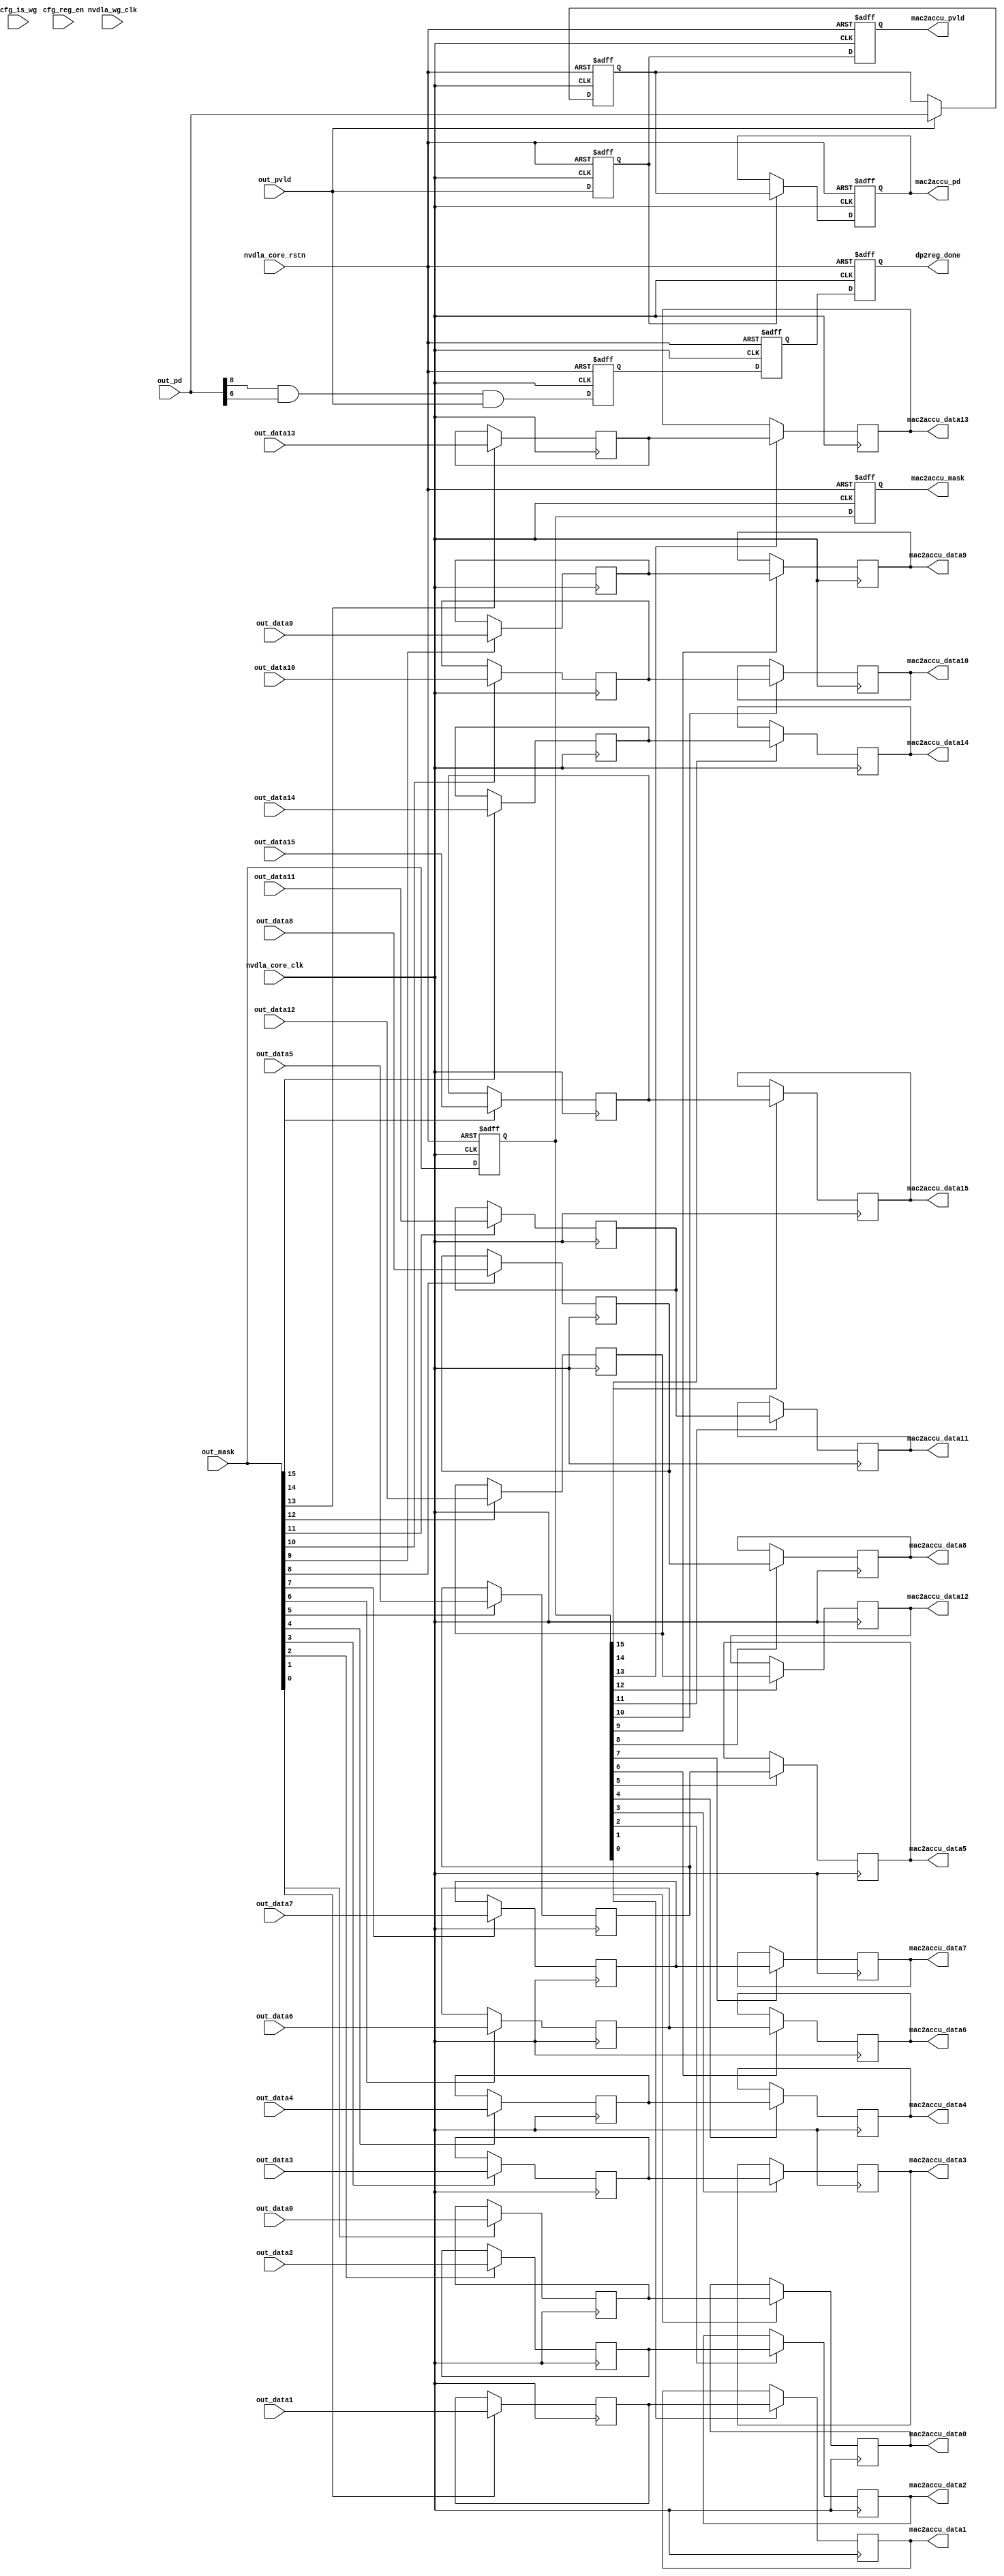
// ================================================================
// NVDLA Open Source Project
//
// Copyright(c) 2016 - 2017 NVIDIA Corporation. Licensed under the
// NVDLA Open Hardware License; Check "LICENSE" which comes with
// this distribution for more information.
// ================================================================
// ================================================================
// NVDLA Open Source Project
// 
// Copyright(c) 2016 - 2017 NVIDIA Corporation.  Licensed under the
// NVDLA Open Hardware License; Check "LICENSE" which comes with 
// this distribution for more information.
// ================================================================
`define DESIGNWARE_NOEXIST 1
module NV_NVDLA_CMAC_CORE_rt_out (
   nvdla_core_clk
  ,nvdla_wg_clk
  ,nvdla_core_rstn
  ,cfg_is_wg
  ,cfg_reg_en
//: for(my $i=0; $i<32/2; $i++){
//: print qq(
//: ,out_data${i} )
//: }
//| eperl: generated_beg (DO NOT EDIT BELOW)

,out_data0 
,out_data1 
,out_data2 
,out_data3 
,out_data4 
,out_data5 
,out_data6 
,out_data7 
,out_data8 
,out_data9 
,out_data10 
,out_data11 
,out_data12 
,out_data13 
,out_data14 
,out_data15 
//| eperl: generated_end (DO NOT EDIT ABOVE)
  ,out_mask
  ,out_pd
  ,out_pvld
  ,dp2reg_done
//: for(my $i=0; $i<32/2; $i++){
//: print qq(
//: ,mac2accu_data${i} )
//: }
//| eperl: generated_beg (DO NOT EDIT BELOW)

,mac2accu_data0 
,mac2accu_data1 
,mac2accu_data2 
,mac2accu_data3 
,mac2accu_data4 
,mac2accu_data5 
,mac2accu_data6 
,mac2accu_data7 
,mac2accu_data8 
,mac2accu_data9 
,mac2accu_data10 
,mac2accu_data11 
,mac2accu_data12 
,mac2accu_data13 
,mac2accu_data14 
,mac2accu_data15 
//| eperl: generated_end (DO NOT EDIT ABOVE)
  ,mac2accu_mask
  ,mac2accu_pd
  ,mac2accu_pvld
  );
input nvdla_core_clk;
input nvdla_wg_clk;
input nvdla_core_rstn;
input cfg_is_wg;
input cfg_reg_en;
//: for(my $i=0; $i<32/2; $i++){
//: print qq(
//: input[22 -1:0] out_data${i}; )
//: }
//| eperl: generated_beg (DO NOT EDIT BELOW)

input[22 -1:0] out_data0; 
input[22 -1:0] out_data1; 
input[22 -1:0] out_data2; 
input[22 -1:0] out_data3; 
input[22 -1:0] out_data4; 
input[22 -1:0] out_data5; 
input[22 -1:0] out_data6; 
input[22 -1:0] out_data7; 
input[22 -1:0] out_data8; 
input[22 -1:0] out_data9; 
input[22 -1:0] out_data10; 
input[22 -1:0] out_data11; 
input[22 -1:0] out_data12; 
input[22 -1:0] out_data13; 
input[22 -1:0] out_data14; 
input[22 -1:0] out_data15; 
//| eperl: generated_end (DO NOT EDIT ABOVE)
input [32/2 -1:0] out_mask;
input [8:0] out_pd;
input out_pvld;
output dp2reg_done;
//: for(my $i=0; $i<32/2; $i++){
//: print qq(
//: output[22 -1:0] mac2accu_data${i}; )
//: }
//| eperl: generated_beg (DO NOT EDIT BELOW)

output[22 -1:0] mac2accu_data0; 
output[22 -1:0] mac2accu_data1; 
output[22 -1:0] mac2accu_data2; 
output[22 -1:0] mac2accu_data3; 
output[22 -1:0] mac2accu_data4; 
output[22 -1:0] mac2accu_data5; 
output[22 -1:0] mac2accu_data6; 
output[22 -1:0] mac2accu_data7; 
output[22 -1:0] mac2accu_data8; 
output[22 -1:0] mac2accu_data9; 
output[22 -1:0] mac2accu_data10; 
output[22 -1:0] mac2accu_data11; 
output[22 -1:0] mac2accu_data12; 
output[22 -1:0] mac2accu_data13; 
output[22 -1:0] mac2accu_data14; 
output[22 -1:0] mac2accu_data15; 
//| eperl: generated_end (DO NOT EDIT ABOVE)
output [32/2 -1:0] mac2accu_mask;
output [8:0] mac2accu_pd;
output mac2accu_pvld;
wire [32/2 -1:0] mac2accu_mask;
wire [8:0] mac2accu_pd;
wire mac2accu_pvld;
wire out_layer_done;
wire out_rt_done_d0;
//==========================================================
// Config logic
//==========================================================
//: &eperl::flop(" -q  \"cfg_reg_en_d1\"  -d \"cfg_reg_en\" -clk nvdla_core_clk -rst nvdla_core_rstn ");
//: &eperl::flop(" -q  \"cfg_is_wg_d1\"  -en \"cfg_reg_en\" -d  \"cfg_is_wg\" -clk nvdla_core_clk -rst nvdla_core_rstn ");
//| eperl: generated_beg (DO NOT EDIT BELOW)
reg  cfg_reg_en_d1;
always @(posedge nvdla_core_clk or negedge nvdla_core_rstn) begin
   if (!nvdla_core_rstn) begin
       cfg_reg_en_d1 <= 'b0;
   end else begin
       cfg_reg_en_d1 <= cfg_reg_en;
   end
end
reg  cfg_is_wg_d1;
always @(posedge nvdla_core_clk or negedge nvdla_core_rstn) begin
   if (!nvdla_core_rstn) begin
       cfg_is_wg_d1 <= 'b0;
   end else begin
       if ((cfg_reg_en) == 1'b1) begin
           cfg_is_wg_d1 <= cfg_is_wg;
       // VCS coverage off
       end else if ((cfg_reg_en) == 1'b0) begin
       end else begin
           cfg_is_wg_d1 <= 'bx;
       // VCS coverage on
       end
   end
end

//| eperl: generated_end (DO NOT EDIT ABOVE)
//==========================================================
// Output retiming
//==========================================================
assign out_layer_done = out_pd[8] &
                            out_pd[6] &
                            out_pvld;
//: my $kk = 32/2;
//: my $jj = 22;
//: print "wire             out_rt_pvld_d0 = out_pvld;\n";
//: print "wire [$kk-1:0]   out_rt_mask_d0 = out_mask;\n";
//: print "wire [8:0]       out_rt_pd_d0   = out_pd;\n";
//: for(my $k = 0; $k < $kk; $k ++) {
//: print "wire [${jj}-1:0]    out_rt_data${k}_d0 =  out_data${k};\n";
//: }
//: my $latency = 2;
//: my $kk = 32/2;
//: my $res_width = 22;
//: for(my $i = 0; $i < $latency; $i ++) {
//: my $j = $i + 1;
//: &eperl::flop(" -q  out_rt_pvld_d${j}  -d \"out_rt_pvld_d${i}\" -clk nvdla_core_clk -rst nvdla_core_rstn ");
//: &eperl::flop(" -q  out_rt_mask_d${j}  -d \"out_rt_mask_d${i}\" -wid $kk -clk nvdla_core_clk -rst nvdla_core_rstn ");
//: &eperl::flop("-wid 9 -q  out_rt_pd_d${j}  -en \"out_rt_pvld_d${i}\" -d  \"out_rt_pd_d${i}\" -clk nvdla_core_clk -rst nvdla_core_rstn");
//: for(my $k = 0; $k < $kk; $k ++) {
//: &eperl::flop("-norst -wid $res_width  -q out_rt_data${k}_d${j} -en \"out_rt_mask_d${i}[${k}]\" -d  \"out_rt_data${k}_d${i}\" -clk nvdla_core_clk");
//: }
//: }
//:
//: my $i = $latency;
//: print "assign    mac2accu_pvld = out_rt_pvld_d${i};\n";
//: print "assign    mac2accu_mask = out_rt_mask_d${i};\n";
//: print "assign    mac2accu_pd = out_rt_pd_d${i};\n";
//: my $kk = 32/2;
//: for(my $k = 0; $k < $kk; $k ++) {
//: print "assign    mac2accu_data${k} = out_rt_data${k}_d${i};\n";
//: }
//:
//| eperl: generated_beg (DO NOT EDIT BELOW)
wire             out_rt_pvld_d0 = out_pvld;
wire [16-1:0]   out_rt_mask_d0 = out_mask;
wire [8:0]       out_rt_pd_d0   = out_pd;
wire [22-1:0]    out_rt_data0_d0 =  out_data0;
wire [22-1:0]    out_rt_data1_d0 =  out_data1;
wire [22-1:0]    out_rt_data2_d0 =  out_data2;
wire [22-1:0]    out_rt_data3_d0 =  out_data3;
wire [22-1:0]    out_rt_data4_d0 =  out_data4;
wire [22-1:0]    out_rt_data5_d0 =  out_data5;
wire [22-1:0]    out_rt_data6_d0 =  out_data6;
wire [22-1:0]    out_rt_data7_d0 =  out_data7;
wire [22-1:0]    out_rt_data8_d0 =  out_data8;
wire [22-1:0]    out_rt_data9_d0 =  out_data9;
wire [22-1:0]    out_rt_data10_d0 =  out_data10;
wire [22-1:0]    out_rt_data11_d0 =  out_data11;
wire [22-1:0]    out_rt_data12_d0 =  out_data12;
wire [22-1:0]    out_rt_data13_d0 =  out_data13;
wire [22-1:0]    out_rt_data14_d0 =  out_data14;
wire [22-1:0]    out_rt_data15_d0 =  out_data15;
reg  out_rt_pvld_d1;
always @(posedge nvdla_core_clk or negedge nvdla_core_rstn) begin
   if (!nvdla_core_rstn) begin
       out_rt_pvld_d1 <= 'b0;
   end else begin
       out_rt_pvld_d1 <= out_rt_pvld_d0;
   end
end
reg [15:0] out_rt_mask_d1;
always @(posedge nvdla_core_clk or negedge nvdla_core_rstn) begin
   if (!nvdla_core_rstn) begin
       out_rt_mask_d1 <= 'b0;
   end else begin
       out_rt_mask_d1 <= out_rt_mask_d0;
   end
end
reg [8:0] out_rt_pd_d1;
always @(posedge nvdla_core_clk or negedge nvdla_core_rstn) begin
   if (!nvdla_core_rstn) begin
       out_rt_pd_d1 <= 'b0;
   end else begin
       if ((out_rt_pvld_d0) == 1'b1) begin
           out_rt_pd_d1 <= out_rt_pd_d0;
       // VCS coverage off
       end else if ((out_rt_pvld_d0) == 1'b0) begin
       end else begin
           out_rt_pd_d1 <= 'bx;
       // VCS coverage on
       end
   end
end
reg [21:0] out_rt_data0_d1;
always @(posedge nvdla_core_clk) begin
       if ((out_rt_mask_d0[0]) == 1'b1) begin
           out_rt_data0_d1 <= out_rt_data0_d0;
       // VCS coverage off
       end else if ((out_rt_mask_d0[0]) == 1'b0) begin
       end else begin
           out_rt_data0_d1 <= 'bx;
       // VCS coverage on
       end
end
reg [21:0] out_rt_data1_d1;
always @(posedge nvdla_core_clk) begin
       if ((out_rt_mask_d0[1]) == 1'b1) begin
           out_rt_data1_d1 <= out_rt_data1_d0;
       // VCS coverage off
       end else if ((out_rt_mask_d0[1]) == 1'b0) begin
       end else begin
           out_rt_data1_d1 <= 'bx;
       // VCS coverage on
       end
end
reg [21:0] out_rt_data2_d1;
always @(posedge nvdla_core_clk) begin
       if ((out_rt_mask_d0[2]) == 1'b1) begin
           out_rt_data2_d1 <= out_rt_data2_d0;
       // VCS coverage off
       end else if ((out_rt_mask_d0[2]) == 1'b0) begin
       end else begin
           out_rt_data2_d1 <= 'bx;
       // VCS coverage on
       end
end
reg [21:0] out_rt_data3_d1;
always @(posedge nvdla_core_clk) begin
       if ((out_rt_mask_d0[3]) == 1'b1) begin
           out_rt_data3_d1 <= out_rt_data3_d0;
       // VCS coverage off
       end else if ((out_rt_mask_d0[3]) == 1'b0) begin
       end else begin
           out_rt_data3_d1 <= 'bx;
       // VCS coverage on
       end
end
reg [21:0] out_rt_data4_d1;
always @(posedge nvdla_core_clk) begin
       if ((out_rt_mask_d0[4]) == 1'b1) begin
           out_rt_data4_d1 <= out_rt_data4_d0;
       // VCS coverage off
       end else if ((out_rt_mask_d0[4]) == 1'b0) begin
       end else begin
           out_rt_data4_d1 <= 'bx;
       // VCS coverage on
       end
end
reg [21:0] out_rt_data5_d1;
always @(posedge nvdla_core_clk) begin
       if ((out_rt_mask_d0[5]) == 1'b1) begin
           out_rt_data5_d1 <= out_rt_data5_d0;
       // VCS coverage off
       end else if ((out_rt_mask_d0[5]) == 1'b0) begin
       end else begin
           out_rt_data5_d1 <= 'bx;
       // VCS coverage on
       end
end
reg [21:0] out_rt_data6_d1;
always @(posedge nvdla_core_clk) begin
       if ((out_rt_mask_d0[6]) == 1'b1) begin
           out_rt_data6_d1 <= out_rt_data6_d0;
       // VCS coverage off
       end else if ((out_rt_mask_d0[6]) == 1'b0) begin
       end else begin
           out_rt_data6_d1 <= 'bx;
       // VCS coverage on
       end
end
reg [21:0] out_rt_data7_d1;
always @(posedge nvdla_core_clk) begin
       if ((out_rt_mask_d0[7]) == 1'b1) begin
           out_rt_data7_d1 <= out_rt_data7_d0;
       // VCS coverage off
       end else if ((out_rt_mask_d0[7]) == 1'b0) begin
       end else begin
           out_rt_data7_d1 <= 'bx;
       // VCS coverage on
       end
end
reg [21:0] out_rt_data8_d1;
always @(posedge nvdla_core_clk) begin
       if ((out_rt_mask_d0[8]) == 1'b1) begin
           out_rt_data8_d1 <= out_rt_data8_d0;
       // VCS coverage off
       end else if ((out_rt_mask_d0[8]) == 1'b0) begin
       end else begin
           out_rt_data8_d1 <= 'bx;
       // VCS coverage on
       end
end
reg [21:0] out_rt_data9_d1;
always @(posedge nvdla_core_clk) begin
       if ((out_rt_mask_d0[9]) == 1'b1) begin
           out_rt_data9_d1 <= out_rt_data9_d0;
       // VCS coverage off
       end else if ((out_rt_mask_d0[9]) == 1'b0) begin
       end else begin
           out_rt_data9_d1 <= 'bx;
       // VCS coverage on
       end
end
reg [21:0] out_rt_data10_d1;
always @(posedge nvdla_core_clk) begin
       if ((out_rt_mask_d0[10]) == 1'b1) begin
           out_rt_data10_d1 <= out_rt_data10_d0;
       // VCS coverage off
       end else if ((out_rt_mask_d0[10]) == 1'b0) begin
       end else begin
           out_rt_data10_d1 <= 'bx;
       // VCS coverage on
       end
end
reg [21:0] out_rt_data11_d1;
always @(posedge nvdla_core_clk) begin
       if ((out_rt_mask_d0[11]) == 1'b1) begin
           out_rt_data11_d1 <= out_rt_data11_d0;
       // VCS coverage off
       end else if ((out_rt_mask_d0[11]) == 1'b0) begin
       end else begin
           out_rt_data11_d1 <= 'bx;
       // VCS coverage on
       end
end
reg [21:0] out_rt_data12_d1;
always @(posedge nvdla_core_clk) begin
       if ((out_rt_mask_d0[12]) == 1'b1) begin
           out_rt_data12_d1 <= out_rt_data12_d0;
       // VCS coverage off
       end else if ((out_rt_mask_d0[12]) == 1'b0) begin
       end else begin
           out_rt_data12_d1 <= 'bx;
       // VCS coverage on
       end
end
reg [21:0] out_rt_data13_d1;
always @(posedge nvdla_core_clk) begin
       if ((out_rt_mask_d0[13]) == 1'b1) begin
           out_rt_data13_d1 <= out_rt_data13_d0;
       // VCS coverage off
       end else if ((out_rt_mask_d0[13]) == 1'b0) begin
       end else begin
           out_rt_data13_d1 <= 'bx;
       // VCS coverage on
       end
end
reg [21:0] out_rt_data14_d1;
always @(posedge nvdla_core_clk) begin
       if ((out_rt_mask_d0[14]) == 1'b1) begin
           out_rt_data14_d1 <= out_rt_data14_d0;
       // VCS coverage off
       end else if ((out_rt_mask_d0[14]) == 1'b0) begin
       end else begin
           out_rt_data14_d1 <= 'bx;
       // VCS coverage on
       end
end
reg [21:0] out_rt_data15_d1;
always @(posedge nvdla_core_clk) begin
       if ((out_rt_mask_d0[15]) == 1'b1) begin
           out_rt_data15_d1 <= out_rt_data15_d0;
       // VCS coverage off
       end else if ((out_rt_mask_d0[15]) == 1'b0) begin
       end else begin
           out_rt_data15_d1 <= 'bx;
       // VCS coverage on
       end
end
reg  out_rt_pvld_d2;
always @(posedge nvdla_core_clk or negedge nvdla_core_rstn) begin
   if (!nvdla_core_rstn) begin
       out_rt_pvld_d2 <= 'b0;
   end else begin
       out_rt_pvld_d2 <= out_rt_pvld_d1;
   end
end
reg [15:0] out_rt_mask_d2;
always @(posedge nvdla_core_clk or negedge nvdla_core_rstn) begin
   if (!nvdla_core_rstn) begin
       out_rt_mask_d2 <= 'b0;
   end else begin
       out_rt_mask_d2 <= out_rt_mask_d1;
   end
end
reg [8:0] out_rt_pd_d2;
always @(posedge nvdla_core_clk or negedge nvdla_core_rstn) begin
   if (!nvdla_core_rstn) begin
       out_rt_pd_d2 <= 'b0;
   end else begin
       if ((out_rt_pvld_d1) == 1'b1) begin
           out_rt_pd_d2 <= out_rt_pd_d1;
       // VCS coverage off
       end else if ((out_rt_pvld_d1) == 1'b0) begin
       end else begin
           out_rt_pd_d2 <= 'bx;
       // VCS coverage on
       end
   end
end
reg [21:0] out_rt_data0_d2;
always @(posedge nvdla_core_clk) begin
       if ((out_rt_mask_d1[0]) == 1'b1) begin
           out_rt_data0_d2 <= out_rt_data0_d1;
       // VCS coverage off
       end else if ((out_rt_mask_d1[0]) == 1'b0) begin
       end else begin
           out_rt_data0_d2 <= 'bx;
       // VCS coverage on
       end
end
reg [21:0] out_rt_data1_d2;
always @(posedge nvdla_core_clk) begin
       if ((out_rt_mask_d1[1]) == 1'b1) begin
           out_rt_data1_d2 <= out_rt_data1_d1;
       // VCS coverage off
       end else if ((out_rt_mask_d1[1]) == 1'b0) begin
       end else begin
           out_rt_data1_d2 <= 'bx;
       // VCS coverage on
       end
end
reg [21:0] out_rt_data2_d2;
always @(posedge nvdla_core_clk) begin
       if ((out_rt_mask_d1[2]) == 1'b1) begin
           out_rt_data2_d2 <= out_rt_data2_d1;
       // VCS coverage off
       end else if ((out_rt_mask_d1[2]) == 1'b0) begin
       end else begin
           out_rt_data2_d2 <= 'bx;
       // VCS coverage on
       end
end
reg [21:0] out_rt_data3_d2;
always @(posedge nvdla_core_clk) begin
       if ((out_rt_mask_d1[3]) == 1'b1) begin
           out_rt_data3_d2 <= out_rt_data3_d1;
       // VCS coverage off
       end else if ((out_rt_mask_d1[3]) == 1'b0) begin
       end else begin
           out_rt_data3_d2 <= 'bx;
       // VCS coverage on
       end
end
reg [21:0] out_rt_data4_d2;
always @(posedge nvdla_core_clk) begin
       if ((out_rt_mask_d1[4]) == 1'b1) begin
           out_rt_data4_d2 <= out_rt_data4_d1;
       // VCS coverage off
       end else if ((out_rt_mask_d1[4]) == 1'b0) begin
       end else begin
           out_rt_data4_d2 <= 'bx;
       // VCS coverage on
       end
end
reg [21:0] out_rt_data5_d2;
always @(posedge nvdla_core_clk) begin
       if ((out_rt_mask_d1[5]) == 1'b1) begin
           out_rt_data5_d2 <= out_rt_data5_d1;
       // VCS coverage off
       end else if ((out_rt_mask_d1[5]) == 1'b0) begin
       end else begin
           out_rt_data5_d2 <= 'bx;
       // VCS coverage on
       end
end
reg [21:0] out_rt_data6_d2;
always @(posedge nvdla_core_clk) begin
       if ((out_rt_mask_d1[6]) == 1'b1) begin
           out_rt_data6_d2 <= out_rt_data6_d1;
       // VCS coverage off
       end else if ((out_rt_mask_d1[6]) == 1'b0) begin
       end else begin
           out_rt_data6_d2 <= 'bx;
       // VCS coverage on
       end
end
reg [21:0] out_rt_data7_d2;
always @(posedge nvdla_core_clk) begin
       if ((out_rt_mask_d1[7]) == 1'b1) begin
           out_rt_data7_d2 <= out_rt_data7_d1;
       // VCS coverage off
       end else if ((out_rt_mask_d1[7]) == 1'b0) begin
       end else begin
           out_rt_data7_d2 <= 'bx;
       // VCS coverage on
       end
end
reg [21:0] out_rt_data8_d2;
always @(posedge nvdla_core_clk) begin
       if ((out_rt_mask_d1[8]) == 1'b1) begin
           out_rt_data8_d2 <= out_rt_data8_d1;
       // VCS coverage off
       end else if ((out_rt_mask_d1[8]) == 1'b0) begin
       end else begin
           out_rt_data8_d2 <= 'bx;
       // VCS coverage on
       end
end
reg [21:0] out_rt_data9_d2;
always @(posedge nvdla_core_clk) begin
       if ((out_rt_mask_d1[9]) == 1'b1) begin
           out_rt_data9_d2 <= out_rt_data9_d1;
       // VCS coverage off
       end else if ((out_rt_mask_d1[9]) == 1'b0) begin
       end else begin
           out_rt_data9_d2 <= 'bx;
       // VCS coverage on
       end
end
reg [21:0] out_rt_data10_d2;
always @(posedge nvdla_core_clk) begin
       if ((out_rt_mask_d1[10]) == 1'b1) begin
           out_rt_data10_d2 <= out_rt_data10_d1;
       // VCS coverage off
       end else if ((out_rt_mask_d1[10]) == 1'b0) begin
       end else begin
           out_rt_data10_d2 <= 'bx;
       // VCS coverage on
       end
end
reg [21:0] out_rt_data11_d2;
always @(posedge nvdla_core_clk) begin
       if ((out_rt_mask_d1[11]) == 1'b1) begin
           out_rt_data11_d2 <= out_rt_data11_d1;
       // VCS coverage off
       end else if ((out_rt_mask_d1[11]) == 1'b0) begin
       end else begin
           out_rt_data11_d2 <= 'bx;
       // VCS coverage on
       end
end
reg [21:0] out_rt_data12_d2;
always @(posedge nvdla_core_clk) begin
       if ((out_rt_mask_d1[12]) == 1'b1) begin
           out_rt_data12_d2 <= out_rt_data12_d1;
       // VCS coverage off
       end else if ((out_rt_mask_d1[12]) == 1'b0) begin
       end else begin
           out_rt_data12_d2 <= 'bx;
       // VCS coverage on
       end
end
reg [21:0] out_rt_data13_d2;
always @(posedge nvdla_core_clk) begin
       if ((out_rt_mask_d1[13]) == 1'b1) begin
           out_rt_data13_d2 <= out_rt_data13_d1;
       // VCS coverage off
       end else if ((out_rt_mask_d1[13]) == 1'b0) begin
       end else begin
           out_rt_data13_d2 <= 'bx;
       // VCS coverage on
       end
end
reg [21:0] out_rt_data14_d2;
always @(posedge nvdla_core_clk) begin
       if ((out_rt_mask_d1[14]) == 1'b1) begin
           out_rt_data14_d2 <= out_rt_data14_d1;
       // VCS coverage off
       end else if ((out_rt_mask_d1[14]) == 1'b0) begin
       end else begin
           out_rt_data14_d2 <= 'bx;
       // VCS coverage on
       end
end
reg [21:0] out_rt_data15_d2;
always @(posedge nvdla_core_clk) begin
       if ((out_rt_mask_d1[15]) == 1'b1) begin
           out_rt_data15_d2 <= out_rt_data15_d1;
       // VCS coverage off
       end else if ((out_rt_mask_d1[15]) == 1'b0) begin
       end else begin
           out_rt_data15_d2 <= 'bx;
       // VCS coverage on
       end
end
assign    mac2accu_pvld = out_rt_pvld_d2;
assign    mac2accu_mask = out_rt_mask_d2;
assign    mac2accu_pd = out_rt_pd_d2;
assign    mac2accu_data0 = out_rt_data0_d2;
assign    mac2accu_data1 = out_rt_data1_d2;
assign    mac2accu_data2 = out_rt_data2_d2;
assign    mac2accu_data3 = out_rt_data3_d2;
assign    mac2accu_data4 = out_rt_data4_d2;
assign    mac2accu_data5 = out_rt_data5_d2;
assign    mac2accu_data6 = out_rt_data6_d2;
assign    mac2accu_data7 = out_rt_data7_d2;
assign    mac2accu_data8 = out_rt_data8_d2;
assign    mac2accu_data9 = out_rt_data9_d2;
assign    mac2accu_data10 = out_rt_data10_d2;
assign    mac2accu_data11 = out_rt_data11_d2;
assign    mac2accu_data12 = out_rt_data12_d2;
assign    mac2accu_data13 = out_rt_data13_d2;
assign    mac2accu_data14 = out_rt_data14_d2;
assign    mac2accu_data15 = out_rt_data15_d2;

//| eperl: generated_end (DO NOT EDIT ABOVE)
// get layer done signal
assign out_rt_done_d0 = out_layer_done;
//: my $latency = 2 + 1;
//: for(my $i = 0; $i < $latency; $i ++) {
//: my $j = $i + 1;
//: &eperl::flop(" -q  out_rt_done_d${j}  -d \"out_rt_done_d${i}\" -clk nvdla_core_clk -rst nvdla_core_rstn ");
//: };
//: my $h = $latency;
//: print "assign dp2reg_done = out_rt_done_d${h};\n";
//| eperl: generated_beg (DO NOT EDIT BELOW)
reg  out_rt_done_d1;
always @(posedge nvdla_core_clk or negedge nvdla_core_rstn) begin
   if (!nvdla_core_rstn) begin
       out_rt_done_d1 <= 'b0;
   end else begin
       out_rt_done_d1 <= out_rt_done_d0;
   end
end
reg  out_rt_done_d2;
always @(posedge nvdla_core_clk or negedge nvdla_core_rstn) begin
   if (!nvdla_core_rstn) begin
       out_rt_done_d2 <= 'b0;
   end else begin
       out_rt_done_d2 <= out_rt_done_d1;
   end
end
reg  out_rt_done_d3;
always @(posedge nvdla_core_clk or negedge nvdla_core_rstn) begin
   if (!nvdla_core_rstn) begin
       out_rt_done_d3 <= 'b0;
   end else begin
       out_rt_done_d3 <= out_rt_done_d2;
   end
end
assign dp2reg_done = out_rt_done_d3;

//| eperl: generated_end (DO NOT EDIT ABOVE)
endmodule